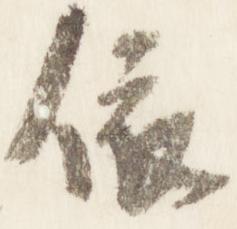
依